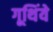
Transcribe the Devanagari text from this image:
गूथिंये